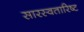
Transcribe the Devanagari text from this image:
सारस्वतारिष्ट